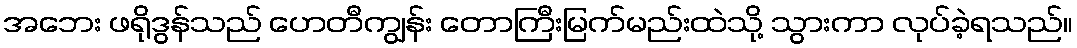
အဘေး ဖရိုဒွန်သည် ဟေတီကျွန်း တောကြီးမြက်မည်းထဲသို့ သွားကာ လုပ်ခဲ့ရသည်။